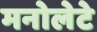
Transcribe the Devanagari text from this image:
मनोलेटे